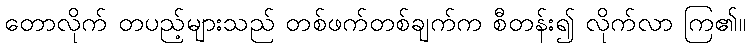
တောလိုက် တပည့်များသည် တစ်ဖက်တစ်ချက်က စီတန်း၍ လိုက်လာ ကြ၏။